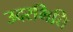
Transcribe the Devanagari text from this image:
उदरभित्ति